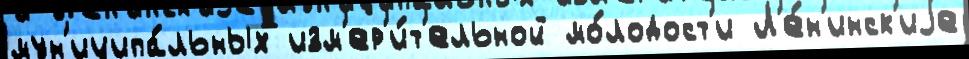
мун'иципа́льных изм'ер'и́т'ельной мо́лодост'и Л'е́н'инск'иjе